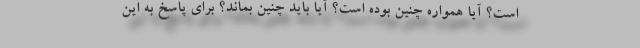
است؟ آیا همواره چنین بوده است؟ آیا باید چنین بماند؟ برای پاسخ به این